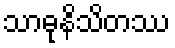
သာဓုနိသိတဿ